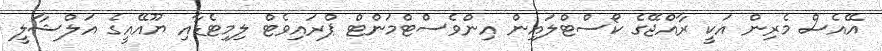
އޭއެސް މެރިން އަކީ ރާއްޖޭގެ ކޯސްޓްލައިން އިންވެސްޓްމަންޓް ޕްރައިވެޓް ލިމިޓެޑާއި ޔޫއޭއީގެ އަލްޝާލީ